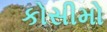
કોસીમો